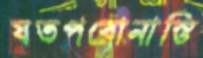
যতপরোনাস্তি